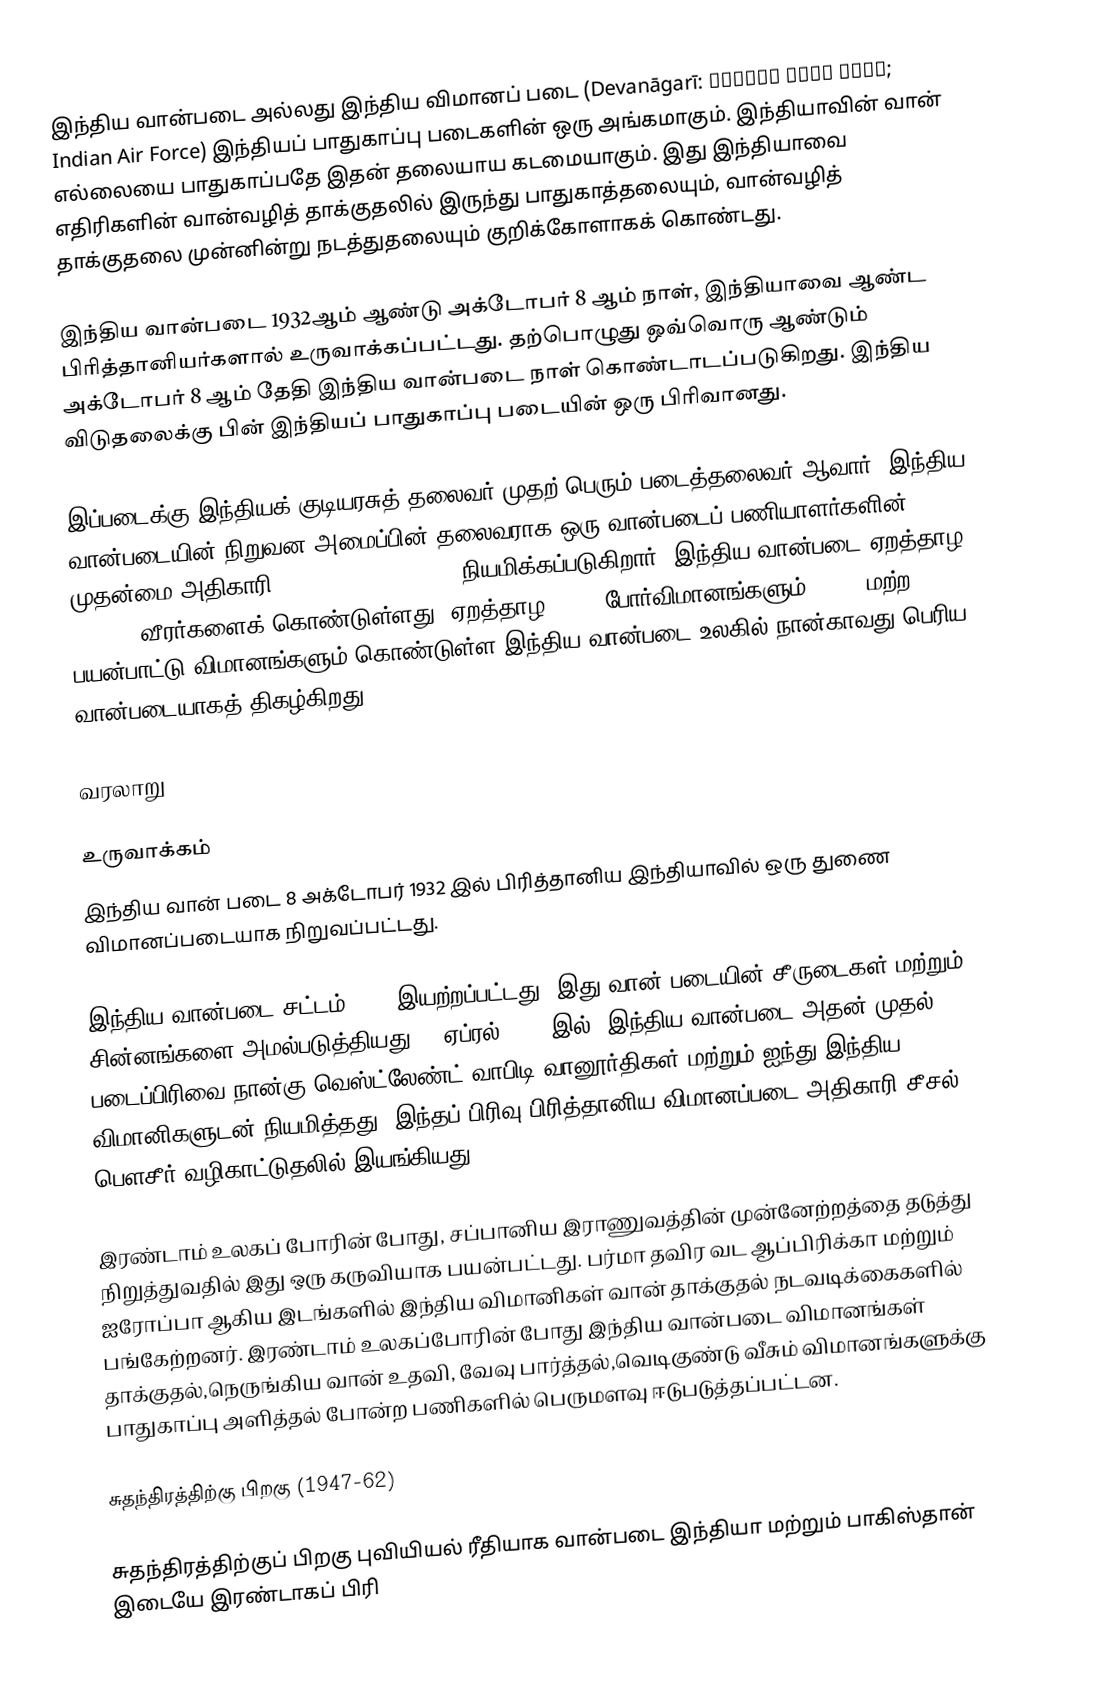
இந்திய வான்படை அல்லது இந்திய விமானப் படை  (Devanāgarī: भारतीय वायु सेना; Indian Air Force) இந்தியப் பாதுகாப்பு படைகளின் ஒரு அங்கமாகும். இந்தியாவின் வான் எல்லையை பாதுகாப்பதே இதன் தலையாய கடமையாகும். இது இந்தியாவை எதிரிகளின் வான்வழித் தாக்குதலில் இருந்து பாதுகாத்தலையும், வான்வழித் தாக்குதலை முன்னின்று நடத்துதலையும் குறிக்கோளாகக் கொண்டது.

இந்திய வான்படை 1932ஆம் ஆண்டு அக்டோபர் 8 ஆம் நாள்,  இந்தியாவை ஆண்ட  பிரித்தானியர்களால் உருவாக்கப்பட்டது. தற்பொழுது ஒவ்வொரு ஆண்டும் அக்டோபர் 8 ஆம் தேதி இந்திய வான்படை நாள் கொண்டாடப்படுகிறது. இந்திய விடுதலைக்கு பின் இந்தியப் பாதுகாப்பு படையின் ஒரு பிரிவானது.

இப்படைக்கு இந்தியக் குடியரசுத் தலைவர் முதற் பெரும் படைத்தலைவர் ஆவார். இந்திய வான்படையின் நிறுவன அமைப்பின் தலைவராக ஒரு வான்படைப் பணியாளர்களின் முதன்மை அதிகாரி (Chief of Air Staff) நியமிக்கப்படுகிறார். இந்திய வான்படை ஏறத்தாழ 170,000 வீரர்களைக் கொண்டுள்ளது. ஏறத்தாழ 1,130 போர்விமானங்களும்  1,700 மற்ற பயன்பாட்டு  விமானங்களும் கொண்டுள்ள இந்திய வான்படை உலகில் நான்காவது பெரிய வான்படையாகத் திகழ்கிறது.

வரலாறு

உருவாக்கம்
இந்திய வான் படை 8 அக்டோபர் 1932 இல் பிரித்தானிய இந்தியாவில் ஒரு துணை விமானப்படையாக நிறுவப்பட்டது.

இந்திய வான்படை சட்டம் 1932 இயற்றப்பட்டது, இது வான் படையின் சீருடைகள் மற்றும் சின்னங்களை அமல்படுத்தியது. 1 ஏப்ரல் 1933 இல், இந்திய வான்படை அதன் முதல் படைப்பிரிவை நான்கு வெஸ்ட்லேண்ட் வாபிடி வானூர்திகள் மற்றும் ஐந்து இந்திய விமானிகளுடன் நியமித்தது. இந்தப் பிரிவு பிரித்தானிய விமானப்படை அதிகாரி சீசல் பௌசீர் வழிகாட்டுதலில் இயங்கியது.

இரண்டாம் உலகப் போரின் போது, சப்பானிய இராணுவத்தின் முன்னேற்றத்தை தடுத்து நிறுத்துவதில் இது ஒரு கருவியாக பயன்பட்டது. பர்மா தவிர வட ஆப்பிரிக்கா மற்றும் ஐரோப்பா ஆகிய இடங்களில் இந்திய விமானிகள் வான் தாக்குதல் நடவடிக்கைகளில் பங்கேற்றனர். இரண்டாம் உலகப்போரின் போது  இந்திய வான்படை விமானங்கள் தாக்குதல்,நெருங்கிய வான் உதவி, வேவு பார்த்தல்,வெடிகுண்டு வீசும் விமானங்களுக்கு பாதுகாப்பு அளித்தல் போன்ற பணிகளில் பெருமளவு ஈடுபடுத்தப்பட்டன.

சுதந்திரத்திற்கு பிறகு (1947-62)

சுதந்திரத்திற்குப் பிறகு புவியியல் ரீதியாக வான்படை இந்தியா மற்றும் பாகிஸ்தான் இடையே இரண்டாகப் பிரி